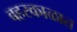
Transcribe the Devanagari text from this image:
बहरकाळात